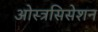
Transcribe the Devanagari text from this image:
ओस्त्रसिसेशन